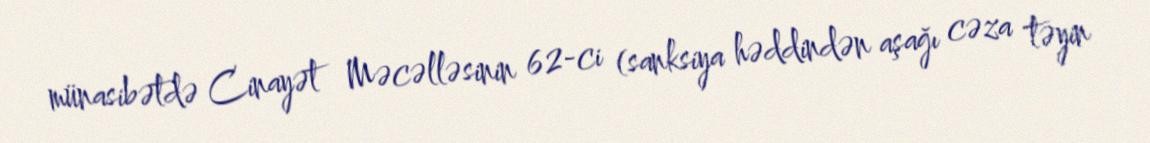
münasibətdə Cinayət Məcəlləsinin 62-ci (sanksiya həddindən aşağı cəza təyin